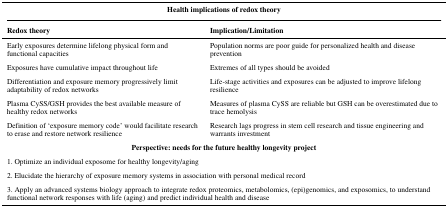
<table><thead><tr><td colspan="2"><b>Health implications of redox theory</b></td></tr><tr><td><b>Redox theory</b></td><td><b>Implication/Limitation</b></td></tr></thead><tbody><tr><td>Early exposures determine lifelong physical form and functional capacities</td><td>Population norms are poor guide for personalized health and disease prevention</td></tr><tr><td>Exposures have cumulative impact throughout life</td><td>Extremes of all types should be avoided</td></tr><tr><td>Differentiation and exposure memory progressively limit adaptability of redox networks</td><td>Life-stage activities and exposures can be adjusted to improve lifelong resilience</td></tr><tr><td>Plasma CySS/GSH provides the best available measure of healthy redox networks</td><td>Measures of plasma CySS are reliable but GSH can be overestimated due to trace hemolysis</td></tr><tr><td>Definition of ‘exposure memory code’ would facilitate research to erase and restore network resilience</td><td>Research lags progress in stem cell research and tissue engineering and warrants investment</td></tr><tr><td colspan="2"><b>Perspective: needs for the future healthy longevity project</b></td></tr><tr><td colspan="2">1. Optimize an individual exposome for healthy longevity/aging</td></tr><tr><td colspan="2">2. Elucidate the hierarchy of exposure memory systems in association with personal medical record</td></tr><tr><td colspan="2">3. Apply an advanced systems biology approach to integrate redox proteomics, metabolomics, (epi)genomics, and exposomics, to understand functional network responses with life (aging) and predict individual health and disease</td></tr></tbody></table>